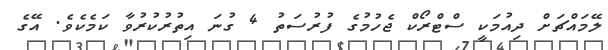
ލޭމައްޗަށް ދިއުމަކީ ސްޓްރޯކް ޖެހުމުގެ ފުރުސަތު 4 ގުނަ އިތުރުކުރުވާ ކަމެކެވެ. އޭގެ